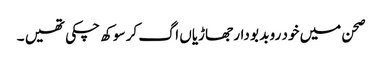
صحن میں خود رو بد بو دار جھاڑیاں اگ کر سوکھ چکی تھیں ۔